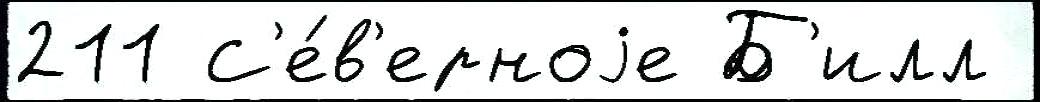
211 С'е́в'ерноjе Б'илл